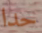
حدا